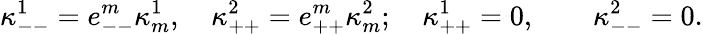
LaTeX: \kappa_{--}^{1}=e_{--}^{m}\kappa_{m}^{1},\quad\kappa_{++}^{2}=e_{++}^{m}\kappa_{m}^{2};\quad\kappa_{++}^{1}=0,\quad\quad\kappa_{--}^{2}=0.